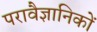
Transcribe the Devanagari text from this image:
परावैज्ञानिकों